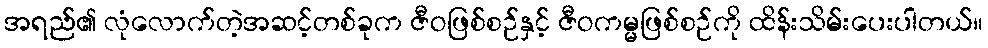
အရည်၏ လုံလောက်တဲ့အဆင့်တစ်ခုက ဇီဝဖြစ်စဉ်နှင့် ဇီဝကမ္မဖြစ်စဉ်ကို ထိန်းသိမ်းပေးပါတယ်။